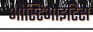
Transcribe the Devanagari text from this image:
औस्टिआइटिस